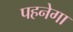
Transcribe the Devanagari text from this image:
पहनेगा